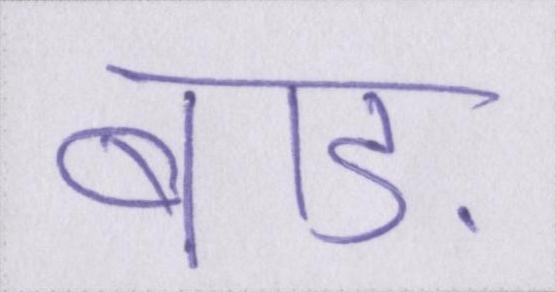
बाड़